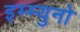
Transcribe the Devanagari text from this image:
इम्म्युनो